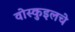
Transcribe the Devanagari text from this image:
वोस्कुइलचे